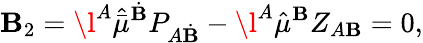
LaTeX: \mathbf{B}_{2}={\l}^{A}\hat{{\bar{{\mu}}}}^{\dot{{\mathbf{B}}}}P_{A\dot{{\mathbf{B}}}}-\l^{A}\hat{{\mu}}^{\mathbf{B}}Z_{A\mathbf{B}}=0,